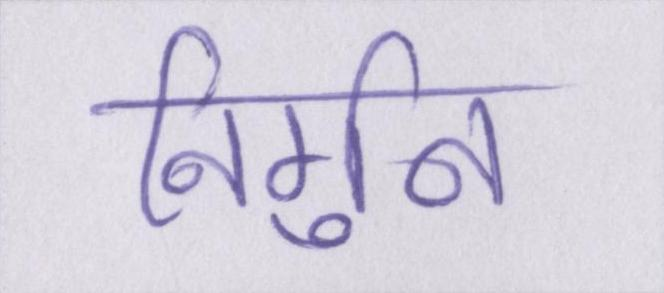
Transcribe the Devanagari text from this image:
निर्गुन